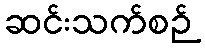
ဆင်းသက်စဉ်